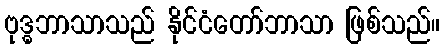
ဗုဒ္ဓဘာသာသည် နိုင်ငံတော်ဘာသာ ဖြစ်သည်။